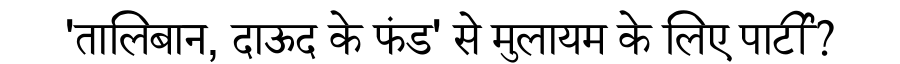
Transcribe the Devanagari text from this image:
'तालिबान, दाऊद के फंड' से मुलायम के लिए पार्टी?